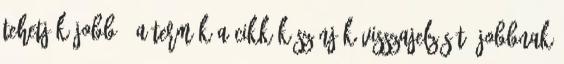
tehetjük jobbá? A termék A cikk Köszönjük visszajelzését. Jobbnak